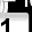
Digit: 1